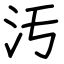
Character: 汚